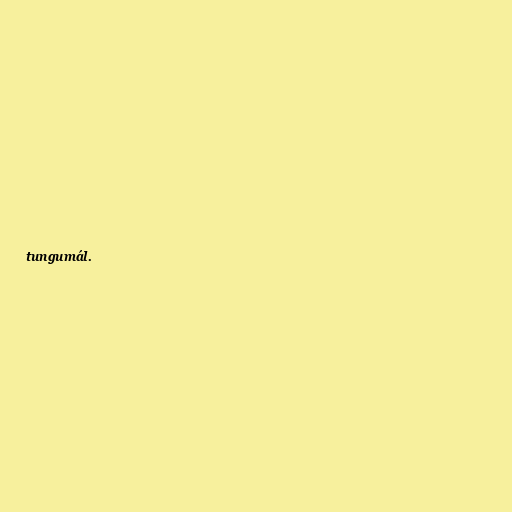
tungumál.